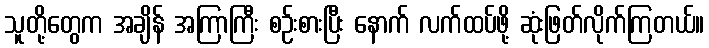
သူတို့တွေက အချိန် အကြာကြီး စဉ်းစားပြီး နောက် လက်ထပ်ဖို့ ဆုံးဖြတ်လိုက်ကြတယ်။